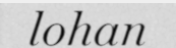
lohan